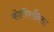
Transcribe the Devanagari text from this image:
कोलीशनिस्ट